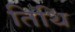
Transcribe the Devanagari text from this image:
तिथि